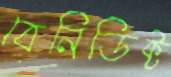
বেনিডিক্ট